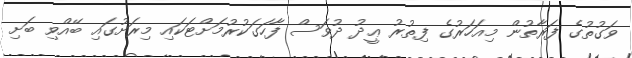
ވަގުތުގެ ފަރާތުން މިއަހަރުގެ ފިތުރު ޢީދު ދުވަސް ފާހަގަކުރުމަށްޓަކައި މިރަށުގައި ބޭއްވި ބަށި